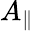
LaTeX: A_{\| }